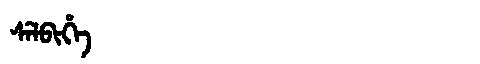
Manchu: ᠰᡝᠯᠪᡳᡥᡝ
Romanization: SELBIHE